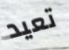
تعيد